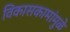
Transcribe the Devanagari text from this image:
विकासकामांमुळे